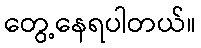
တွေ့နေရပါတယ်။